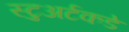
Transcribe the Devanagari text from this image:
स्टुअर्टकडे